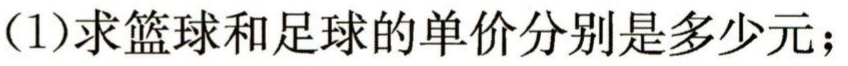
(1)求篮球和足球的单价分别是多少元；